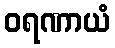
ဝရဏာယံ